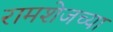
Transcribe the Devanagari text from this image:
रामशेजच्या